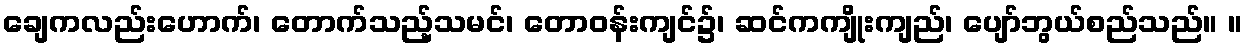
ချေကလည်းဟောက်၊ တောက်သည့်သမင်၊ တောဝန်းကျင်၌၊ ဆင်ကကျိုးကျည်၊ ပျော်ဘွယ်စည်သည်။ ။